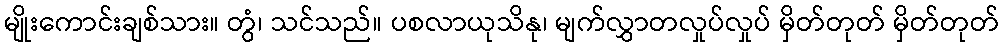
မျိုးကောင်းချစ်သား။ တွံ၊ သင်သည်။ ပစလာယုသိနု၊ မျက်လွှာတလှုပ်လှုပ် မှိတ်တုတ် မှိတ်တုတ်